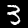
Label: 3